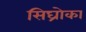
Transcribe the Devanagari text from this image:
सिघ्रोका